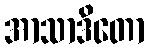
အာသာဒိတော